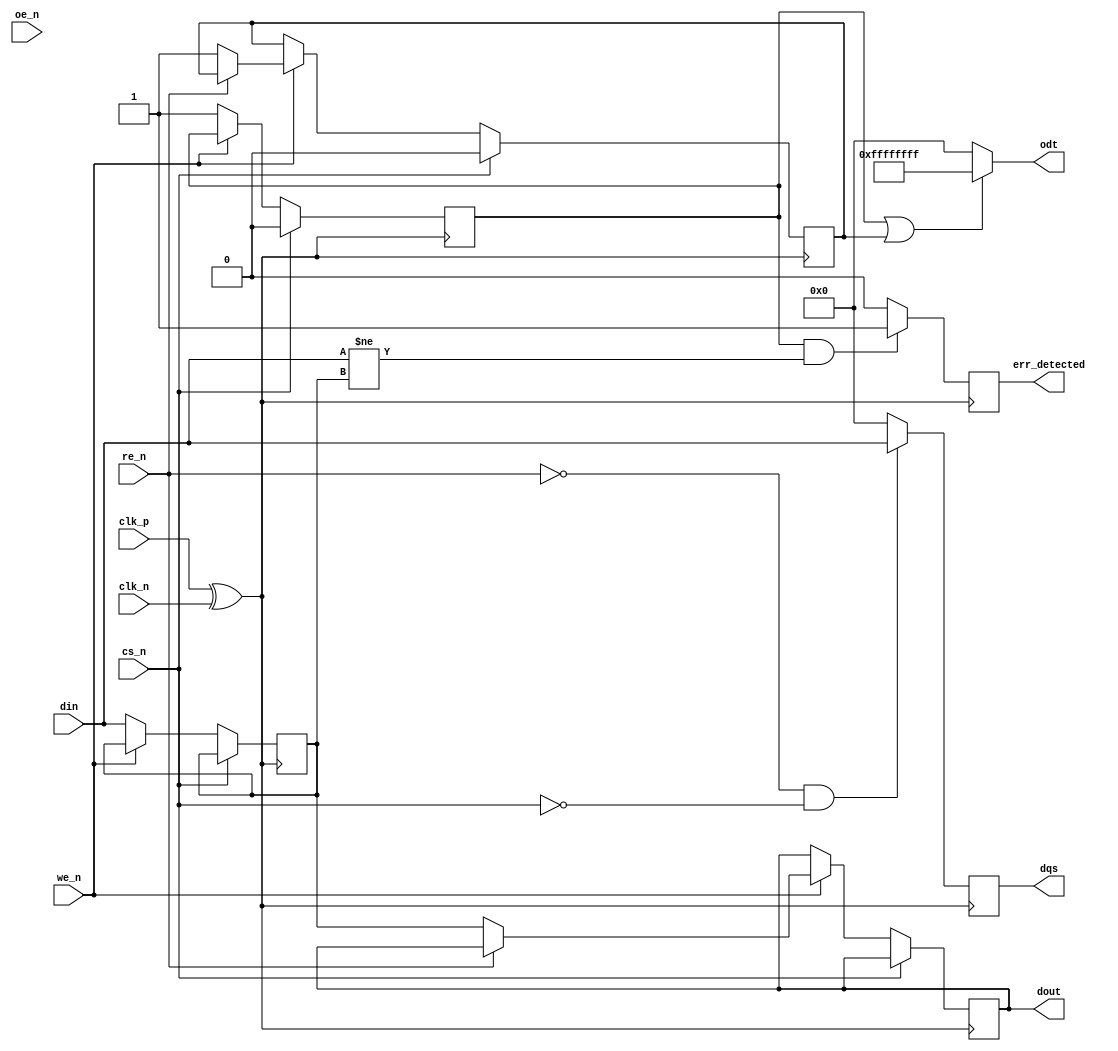
module gddr2_io_block #(
    parameter DATA_WIDTH = 32 // Configurable data bus width (16, 32, 64)
)(
    input wire clk_p,              // Positive clock input
    input wire clk_n,              // Negative clock input
    input wire cs_n,               // Chip Select (active low)
    input wire we_n,               // Write Enable (active low)
    input wire re_n,               // Read Enable (active low)
    input wire oe_n,               // Output Enable (active low)
    input wire [DATA_WIDTH-1:0] din,   // Data input
    output reg [DATA_WIDTH-1:0] dout,   // Data output
    output reg [DATA_WIDTH-1:0] odt,     // On-die termination
    output reg [DATA_WIDTH-1:0] dqs,     // Data Strobe
    output reg err_detected         // Error detected signal
);

    // Internal signals
    reg [DATA_WIDTH-1:0] mem; // Memory for storing data
    reg clk;                  // Internal clock signal
    reg write_enable;         // Internal write enable signal
    reg read_enable;          // Internal read enable signal

    // Clock management
    always @(*) begin
        clk = clk_p ^ clk_n; // Differential clock handling
    end

    // Control logic for read/write
    always @(posedge clk) begin
        if (!cs_n) begin // Chip is selected
            if (!we_n) begin // Write operation
                mem <= din; // Store data to memory
                write_enable <= 1;
            end else if (!re_n) begin // Read operation
                dout <= mem; // Output data from memory
                read_enable <= 1;
            end
        end else begin
            write_enable <= 0;
            read_enable <= 0;
        end
    end

    // DQS generation for DDR signaling (example simplistic approach)
    always @(posedge clk) begin
        if (!re_n && !cs_n) begin
            dqs <= din; // Output data strobe when reading
        end else begin
            dqs <= {DATA_WIDTH{1'b0}}; // Disable DQS
        end
    end

    // Error detection (simple example)
    always @(posedge clk) begin
        if (write_enable && (din != mem)) begin
            err_detected <= 1; // Error detected if written data doesn't match stored data
        end else begin
            err_detected <= 0;
        end
    end

    // On-die termination control (simplified)
    always @(*) begin
        if (write_enable || read_enable) begin
            odt = {DATA_WIDTH{1'b1}}; // Enable ODT during transaction
        end else begin
            odt = {DATA_WIDTH{1'b0}}; // Disable ODT
        end
    end

endmodule